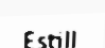
Estill